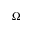
\Omega